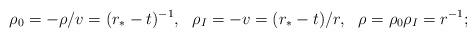
LaTeX: \begin{align*} \rho_0=-\rho/v=(r_*-t)^{-1},\ \ \rho_I=-v=(r_*-t)/r,\ \ \rho=\rho_0\rho_I=r^{-1};\end{align*}